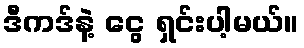
ဒီကဒ်နဲ့ ငွေ ရှင်းပါ့မယ်။